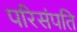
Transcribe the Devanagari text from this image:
परिसंपति